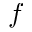
^ Ḋ f Ḍ